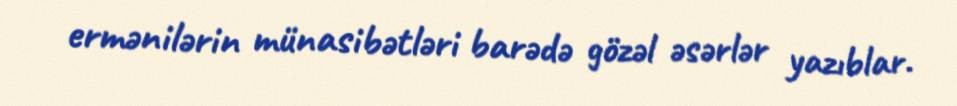
ermənilərin münasibətləri barədə gözəl əsərlər yazıblar.